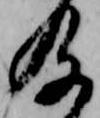
及